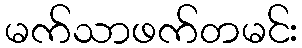
မက်သာဖက်တမင်း